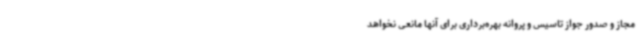
مجاز و صدور جواز تاسیس و پروانه بهره‌برداری برای آنها مانعی نخواهد